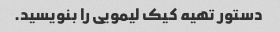
دستور تهیه کیک لیمویی را بنویسید.